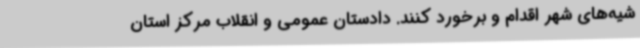
شیه‌های شهر اقدام و برخورد کنند. دادستان عمومی و انقلاب مرکز استان